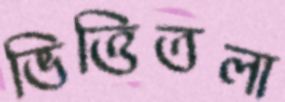
ভিত্তিতলা